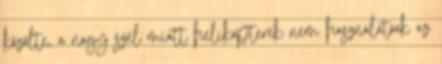
közölte, a nagy szél miatt helikopterek nem használatóak az